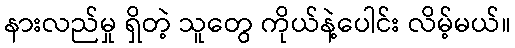
နားလည်မှု ရှိတဲ့ သူတွေ ကိုယ်နဲ့ပေါင်း လိမ့်မယ်။